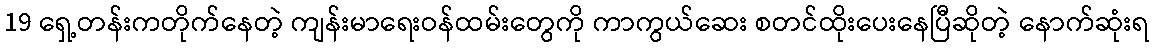
19 ရှေ့တန်းကတိုက်နေတဲ့ ကျန်းမာရေးဝန်ထမ်းတွေကို ကာကွယ်ဆေး စတင်ထိုးပေးနေပြီဆိုတဲ့ နောက်ဆုံးရ